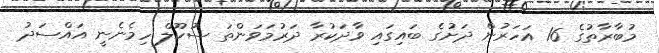
މުބާރާތުގެ 16 އަހަރުން ދަށުގެ ބައިގައި ވާދަކުރާ ދަރުމަވަންތަ ސުކޫލް ހިމެނެނީ އައްސަދު